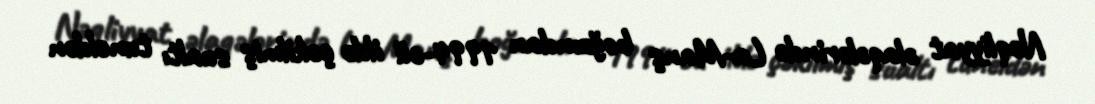
Nəqliyyat əlaqələrində La-Manş boğzından 1994-cü ildə çəkilmiş sualtı tuneldən